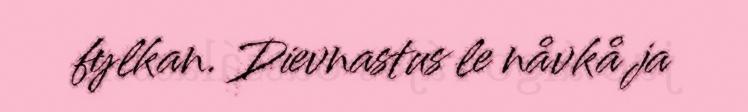
fylkan. Dievnastus le nåvkå ja